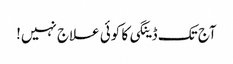
آج تک ڈینگی کا کوئی علاج نہیں!